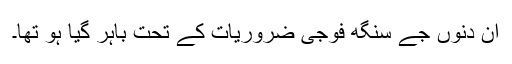
ان دنوں جے سنگھ فوجی ضروریات کے تحت باہر گیا ہو تھا۔